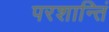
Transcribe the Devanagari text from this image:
परशान्तिं